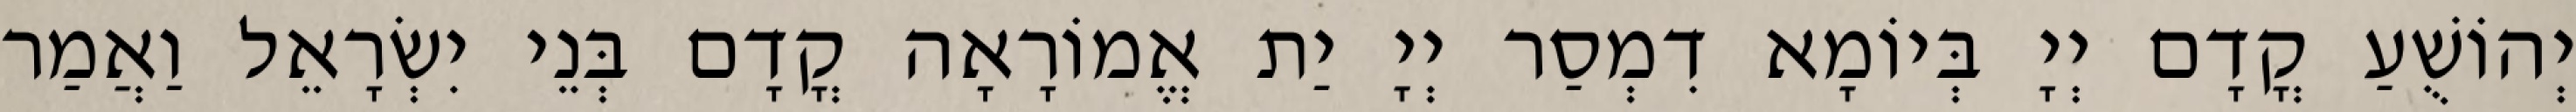
יְהוֹשֻׁעַ קֳדָם יְיָ בְּיוֹמָא דִמְסַר יְיָ יַת אֱמוֹרָאָה קֳדָם בְּנֵי יִשְׂרָאֵל וַאֲמַר